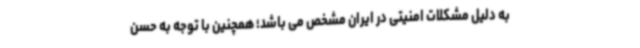
به دلیل مشکلات امنیتی در ایران مشخص می باشد؛ همچنین با توجه به حسن